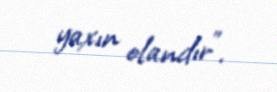
yaxın olandır”.